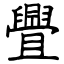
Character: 舋